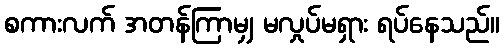
စကားလက် အတန်ကြာမျှ မလှုပ်မရှား ရပ်နေသည်။